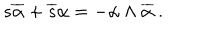
s \overline { { { \alpha } } } + \overline { { { s } } } \alpha = - \alpha \wedge \overline { { { \alpha } } } ~ .